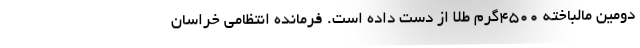
دومین مالباخته ۴۵۰۰گرم طلا از دست داده است. فرمانده انتظامی خراسان